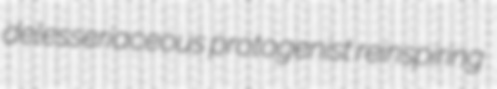
delesseriaceous protogenist reinspiring